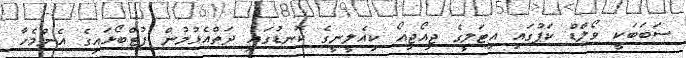
ސަބަބަކީ ވޯލްޑް ކަޕުގައި އިޓަލީގެ ޖިއޯޖިއޯ ކިއެލީނީގެ ކޮނޑުގައި ދަތްއެޅުމުން ފުޓްބޯޅައިގެ އެންމެހާ